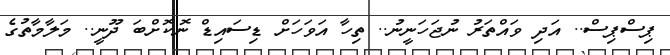
ޕިސްޕިސް.. އަދި ވައްތަރު ނުޖަހަނީނު.. ތިހާ އަވަހަށް ޑިސައިޑް ނޮކޮށްބަ ދޫނީ.. މަލާމާތުގެ